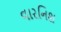
વારનિશ